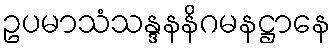
ဥပမာသံသန္ဒနနိဂမနဋ္ဌာနေ